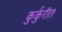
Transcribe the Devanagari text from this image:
कुर्कुरीत